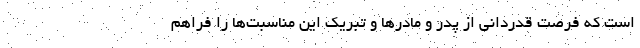
است که فرصت قدردانی از پدر و مادرها و تبریک این مناسبت‌ها را فراهم